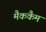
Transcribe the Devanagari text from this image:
मैककैम